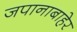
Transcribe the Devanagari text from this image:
जपानाबाहेर